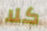
كلا